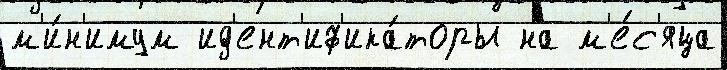
м'и́н'имум ид'ент'иф'ика́торы на м'е́с'яца